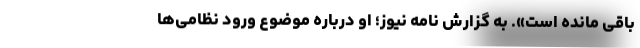
باقی مانده است». به گزارش نامه نیوز؛ او درباره موضوع ورود نظامی‌ها